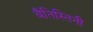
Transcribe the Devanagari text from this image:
बैतिस्तिनी